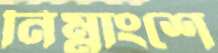
নিম্নাংশে